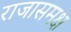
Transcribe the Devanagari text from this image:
राजासमक्ष